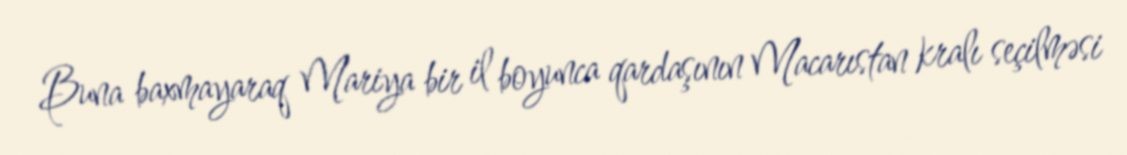
Buna baxmayaraq Mariya bir il boyunca qardaşının Macarıstan kralı seçilməsi